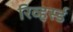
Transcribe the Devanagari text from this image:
रिव्हर्स्ड